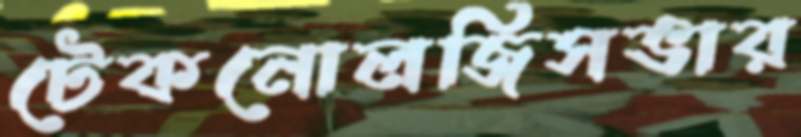
টেকনোলজিসভার